Annual report of the Punjab Veterinary College and of the Civil Veterinary Department, Punjab - 1894-1908
Year: 1894
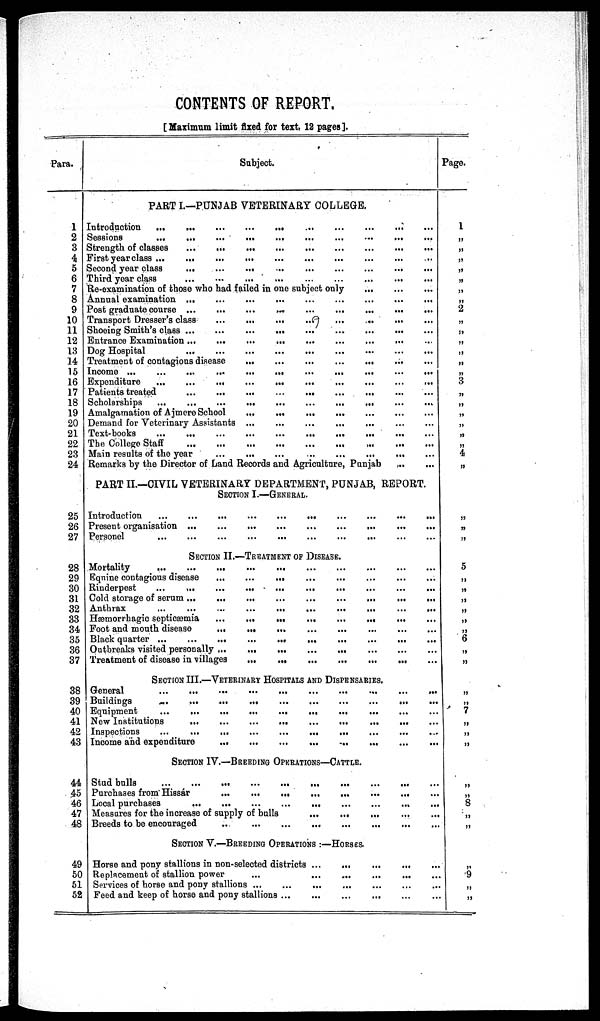
CONTENTS OF REPORT.
[Maximum limit fixed for text, 12 pages].
Para.
1
2
3
4
5
6
7
8
9
10
11
12
13
14
15
16
17
18
19
20
21
22
23
24
25
26
27
28
29
30
31
32
33
34
35
36
37
38
39
40
41
42
43
44
45
46
47
48
49
50
51
52
Subject.
PART I.—PUNJAB VETERINARY COLLEGE
Introduction
...
...
...
...
...
...
...
...
...
...
...
...
...
Sessions
...
...
...
...
...
...
...
...
...
Strength of classes
...
...
...
...
...
......
...
...
...
...
...
First year class ... ... ... ... ... ... ...... ... ... ... ... ...
Second year class
... ... ... ... ... ... ...... ... ... ... ... ...
Third year class
...
...
...
...
...
...
...
Re-examination of those who had failed in one subject only
...
...
...
...
Annual examination ... ... ... ... ... ... ... ...
Post graduate course
...
...
...
...
...
...
Transport Dresser's class
...
...
...
...
...
...
Shoeing Smith's class ...
...
...
...
...
...
...
...
Entrance Examination ... ... ... ... ... ... ... ... ... ... ... ...
Dog Hospital
...
...
...
...
...
...
...
...
...
...
...
...
Treatment of contagious disease
...
...
...
...
...
Income ...
...
...
...
...
...
...
...
...
...
...
Expenditure
...
...
...
...
...
...
...
Patients treated
...
...
...
...
...
...
...
Scholarships
...
...
...
...
...
... ... ...
Amalgamation of Ajmere School
...
...
...
...
...
...
Demand for Veterinary Assistants ... ... ... ... ... ... ...
Text-books
...
...
...
...
...
...
...
...
...
The College Staff
...
...
...
...
...
...
...
Main results of the year
...
...
...
...
...
...
Remarks by the Director of Land Records and Agriculture, Punjab ... ...
PART II.—CIVIL VETERINARY DEPARTMENT, PUNJAB, REPORT.
SECTION I.—GENERAL.
Introduction
...
...
...
...
...
...
...
...
Present organisation
...
...
...
...
...
...
Personel
...
...
...
...
...
...
...
...
SECTION II.—TREATMENT OF DISEASE.
Mortality
...
...
...
...
...
...
...
...
...
...
...
...
Equine contagious disease ... ... ... ... ... ... ... ... ... ... ... ...
Rinderpest
... ... ... ... ... ... ... ... ... ... ... ... ...
Cold storage of serum
...
...
...
...
...
...
...
...
...
...
...
Anthrax
...
...
...
...
...
...
...
...
...
...
Hæmorrhagic septicæmia ... ... ... ... ... ... ... ... ... ... ... ... ... ...
Foot and mouth disease ... ... ... ... ... ... ... ... ... ... ... ... ... ... ... ... ... ...
Black quarter ...
...
...
... ... ... ... ... ... ... ... ... ... ...
Outbreaks visited personally ... ... ... ... ... ... ... ... ... ... ... ... ... ...
Treatment of disease in villages ... ... ... ... ... ... ... ... ... ... ... ... ... ...
SECTION III.—VETERINARY HOSPITALS AND DISPENSARIES.
General ... ... ... ... ... ... ... ... ...
Buildings
...
...
...
...
...
...
...
...
...
Equipment
...
...
...
...
...
...
...
...
...
New Institutions
...
...
...
...
...
...
...
Inspections
...
...
...
...
...
...
...
Income and expenditure
...
...
...
...
...
SECTION IV.—BREEDING OPERATIONS-CATTLE.
Stud bulls
...
...
...
...
...
...
...
...
...
...
Purchases from Hissár
...
...
...
...
...
...
...
Local purchases
...
...
...
...
...
...
...
...
...
Measures for the increase of supply of bulla
...
...
...
...
...
...
...
Breeds to be encouraged
...
...
...
...
...
...
...
SECTION V.-BREEDING OPERATIONS :—HORSES.
Horse and pony stallions in non-selected districts ... ... ... ... ...
Replacement of stallion power
...
...
...
... ... ... ...
Services of horse and pony stallions ... ... ... ... ... ... ... ... ...
Feed and keep of horse and pony stallions ... ... ... ... ... ... ... ...
Page.
1
„
„
„
„
„
„
„
2
„
„
„
„
„
„
3
„
„
„
„
„
„
4
„
„
„
„
5
„
„
„
„
„
„
6
„
„
„
„
7
„
„
„
„
„
8
„
„
„
9
„
„